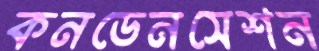
কনডেনসেশন